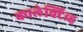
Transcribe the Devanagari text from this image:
कालेक्टिव्ह